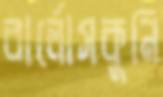
বার্লোসকুনি